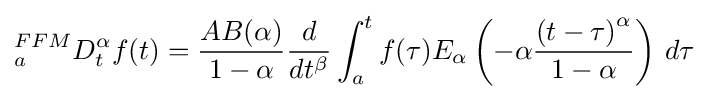
{}_{a}^{FFM}D_{t}^{\alpha }f(t)={\frac {AB(\alpha )}{1-\alpha }}{\frac {d}{dt^{\beta }}}\int _{a}^{t}f(\tau )E_{\alpha }\left(-\alpha {\frac {\left(t-\tau \right)^{\alpha }}{1-\alpha }}\right)\,d\tau